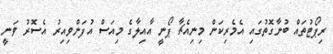
ރިޕޯޓުތައް ބުނާގޮތުގައި އެމެރިކަން މިނިއެޗާ ޕޯނީ އާއިލާގެ މިއަސް އުފަންވިއިރު އެސޮރު ވަނީ